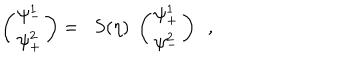
\left( \begin{array} { l } { { \psi _ { - } ^ { 1 } } } \\ { { \psi _ { + } ^ { 2 } } } \\ \end{array} \right) = \; \; S ( \eta ) \; \left( \begin{array} { l } { { \psi _ { + } ^ { 1 } } } \\ { { \psi _ { - } ^ { 2 } } } \\ \end{array} \right) \ \ ,